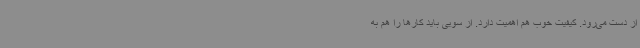
از دست می‌رود. کیفیت خوب هم اهمیت دارد. از سویی باید کارها را هم به